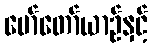
မော်တော်ယာဉ်နှင့်